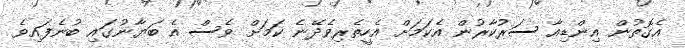
އެގޮތުން އިންޑިއާ ސަރުކާރުން އެކަމަށް އެހީތެރިވެދޭނެ ކަމަށް ވެސް އެ ބަޔާނުގައި ބުނެފައިވެ